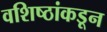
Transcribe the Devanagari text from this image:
वशिष्ठांकडून